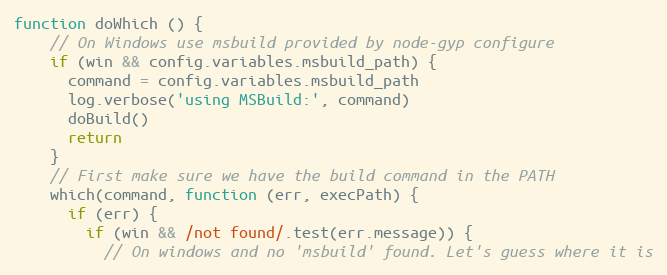
Language: JavaScript
function doWhich () {
    // On Windows use msbuild provided by node-gyp configure
    if (win && config.variables.msbuild_path) {
      command = config.variables.msbuild_path
      log.verbose('using MSBuild:', command)
      doBuild()
      return
    }
    // First make sure we have the build command in the PATH
    which(command, function (err, execPath) {
      if (err) {
        if (win && /not found/.test(err.message)) {
          // On windows and no 'msbuild' found. Let's guess where it is